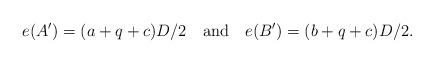
LaTeX: \begin{align*} e(A')=(a+q+c)D/2 \ \ \mbox{ and } \ \ e(B')=(b+q+c)D/2.\end{align*}